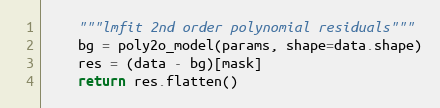
Language: Python
    """lmfit 2nd order polynomial residuals"""
    bg = poly2o_model(params, shape=data.shape)
    res = (data - bg)[mask]
    return res.flatten()